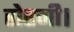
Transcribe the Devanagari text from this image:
रोएगी।